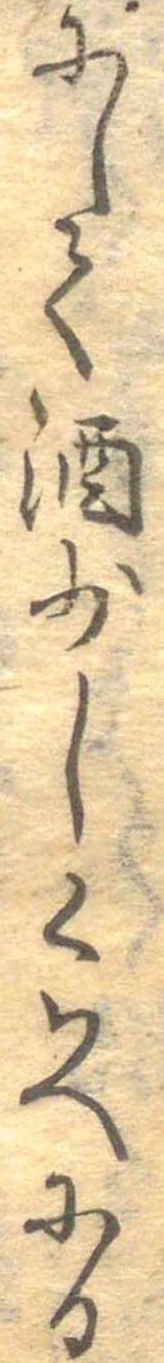
にして酒少しくはへにる